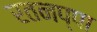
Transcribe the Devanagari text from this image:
रतनप्पा